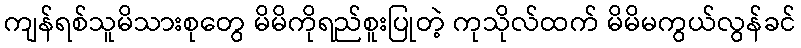
ကျန်ရစ်သူမိသားစုတွေ မိမိကိုရည်စူးပြုတဲ့ ကုသိုလ်ထက် မိမိမကွယ်လွန်ခင်